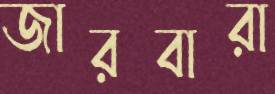
জারবারা